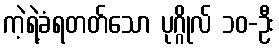
ကဲ့ရဲ့ခံရတတ်သော ပုဂ္ဂိုလ် ၁၀-ဦး